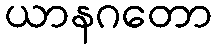
ယာနဂတော